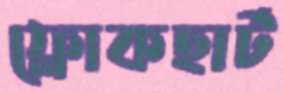
ফ্লোকহার্ট